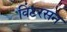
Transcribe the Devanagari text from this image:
विंटरसन